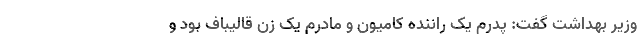
وزیر بهداشت گفت: پدرم یک راننده کامیون و مادرم یک زن قالیباف بود و